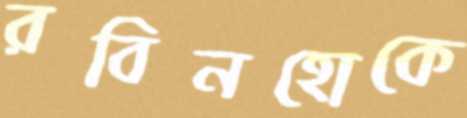
রবিনহোকে